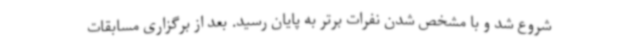
شروع شد و با مشخص شدن نفرات برتر به پایان رسید. بعد از برگزاری مسابقات